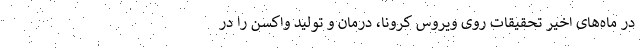
در ماه‌های اخیر تحقیقات روی ویروس کرونا، درمان و تولید واکسن را در